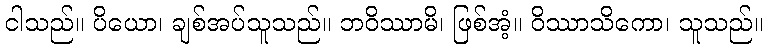
ငါသည်။ ပိယော၊ ချစ်အပ်သူသည်။ ဘဝိဿာမိ၊ ဖြစ်အံ့။ ဝိဿာသိကော၊ သူသည်။